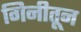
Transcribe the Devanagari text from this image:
गिनीतून